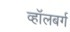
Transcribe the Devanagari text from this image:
व्हाॅलबर्ग